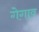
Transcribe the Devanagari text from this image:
गेगाव